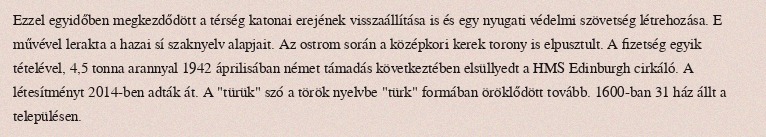
Ezzel egyidőben megkezdődött a térség katonai erejének visszaállítása is és egy nyugati védelmi szövetség létrehozása. E művével lerakta a hazai sí szaknyelv alapjait. Az ostrom során a középkori kerek torony is elpusztult. A fizetség egyik tételével, 4,5 tonna arannyal 1942 áprilisában német támadás következtében elsüllyedt a HMS Edinburgh cirkáló. A létesítményt 2014-ben adták át. A "türük" szó a török nyelvbe "türk" formában öröklődött tovább. 1600-ban 31 ház állt a településen.